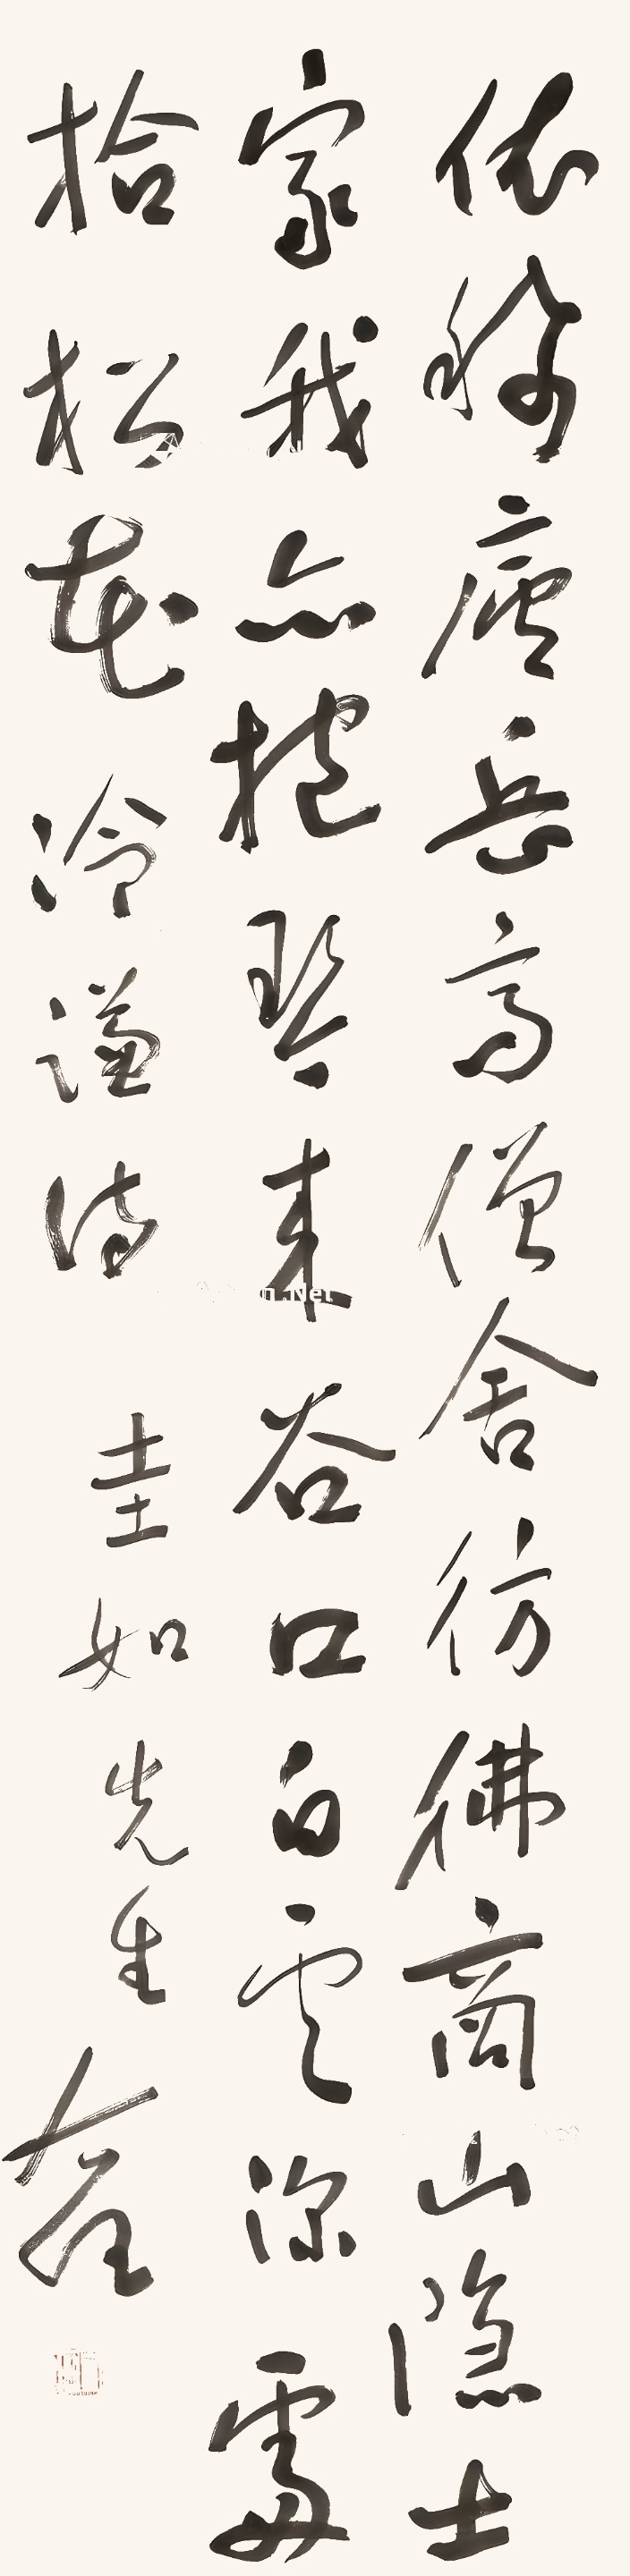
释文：依稀庐岳高僧舍，仿佛商山隐士家。我亦抱琴来谷口，白云深处拾松花。冷谦诗。圭如先生，右任。